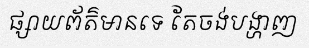
ផ្សាយព័ត៌មានទេ តែចង់បង្ហាញ